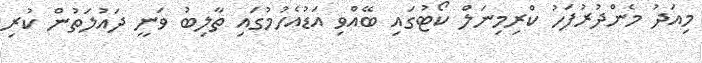
މިއަދު މެންދުރުފަހު ކްރިމިނަލް ކޯޓުގައި ބޭއްވި އަޑުއެހުމުގައި ތާލިބު ވަނީ ދައުލަތުން ކުރި